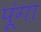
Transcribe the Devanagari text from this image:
पूंगा